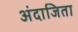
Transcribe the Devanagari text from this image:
अंदाजिता